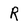
Character: r